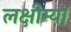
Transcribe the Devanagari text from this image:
लक्षीम्या